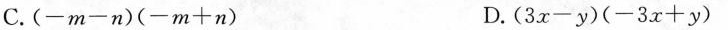
C.(-m-n)(-m+n) D.(3x-y)(-3x+y)